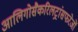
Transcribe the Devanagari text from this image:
आलिगोसैकरिलट्रांसफरेजों